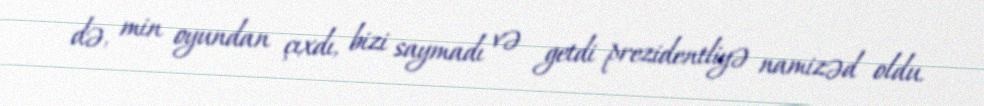
də, min oyundan çıxdı, bizi saymadı və getdi prezidentliyə namizəd oldu.